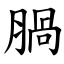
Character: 腡